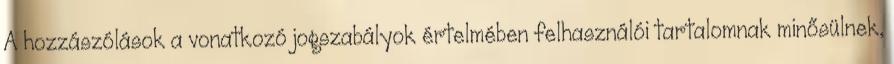
A hozzászólások a vonatkozó jogszabályok értelmében felhasználói tartalomnak minősülnek,